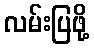
လမ်းပြဖို့